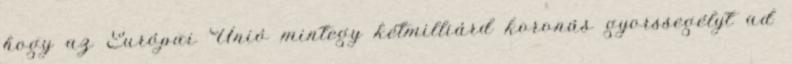
hogy az Európai Unió mintegy kétmilliárd koronás gyorssegélyt ad